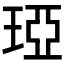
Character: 𤦩